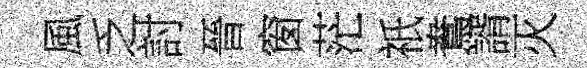
風乏討晉窗茫祇鴦諝灭